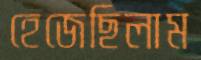
হেজেছিলাম